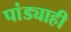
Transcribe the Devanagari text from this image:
पांड्याही